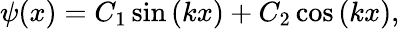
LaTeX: \psi(x)=C_{1}\sin\left(kx\right)+C_{2}\cos\left(kx\right),